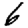
Digit: 6